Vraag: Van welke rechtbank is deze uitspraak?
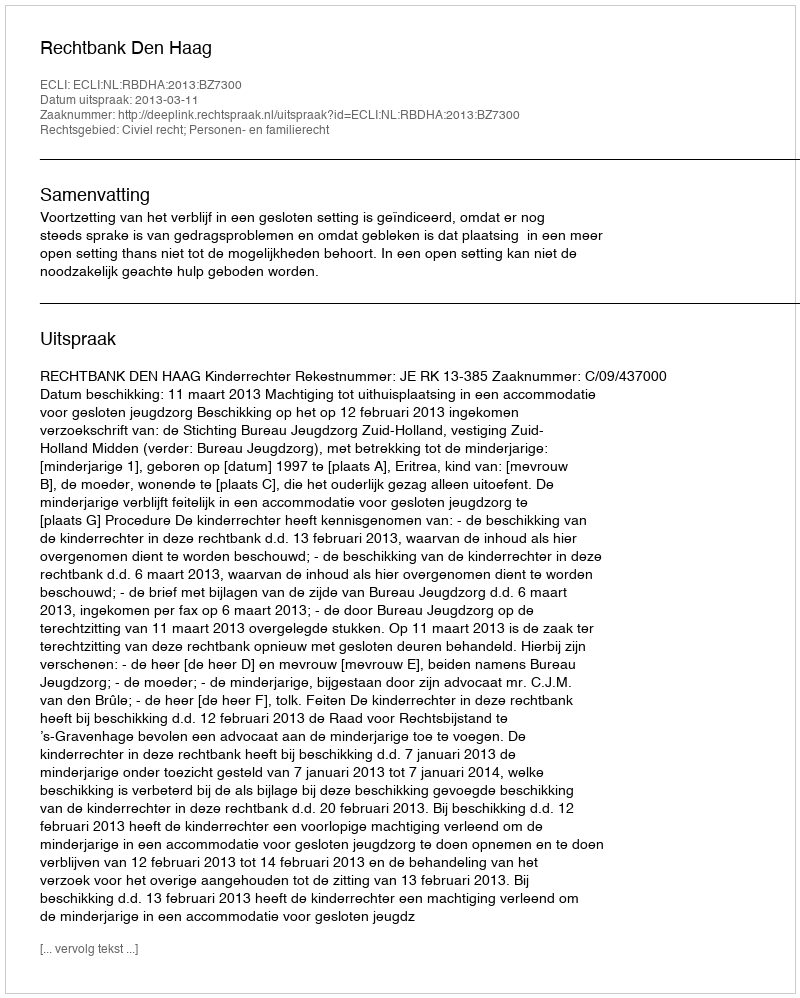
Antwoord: Rechtbank Den Haag